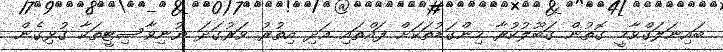
ބައިނަލަގްވާމީ ގޮތުން ގަބޫލުކުރާ މިންގަޑުތަކަށް ފައްތައި އަދި އިތުރު ވަރުގަދަ ޔުނިވާސިޓީތަކާ ގުޅިގެން